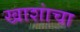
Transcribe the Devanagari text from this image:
खाशांचा